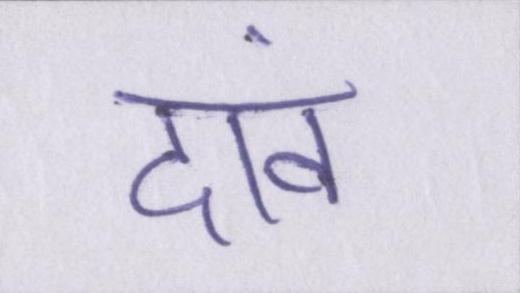
दावं